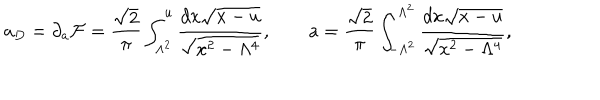
a _ { D } = \partial _ { a } { \cal F } = { \frac { \sqrt 2 } { \pi } } \int _ { \Lambda ^ { 2 } } ^ { u } { \frac { d x \sqrt { x - u } } { \sqrt { x ^ { 2 } - { \Lambda ^ { 4 } } } } } , \qquad a = { \frac { \sqrt 2 } { \pi } } \int _ { - { \Lambda ^ { 2 } } } ^ { \Lambda ^ { 2 } } { \frac { d x \sqrt { x - u } } { \sqrt { x ^ { 2 } - { \Lambda ^ { 4 } } } } } ,